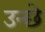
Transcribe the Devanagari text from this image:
उन्छे